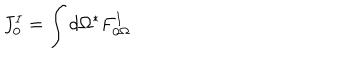
J _ { 0 } ^ { I } = \int d \Omega { } ^ { * } F _ { 0 \Omega } ^ { I }